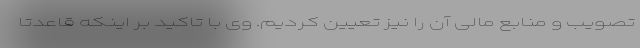
تصویب و منابع مالی آن را نیز تعیین کردیم. وی با تاکید بر اینکه قاعدتاً